Annual report of the Civil Veterinary Department, Bengal, for the year 1897-98 - 1897-1898
Year: 1897
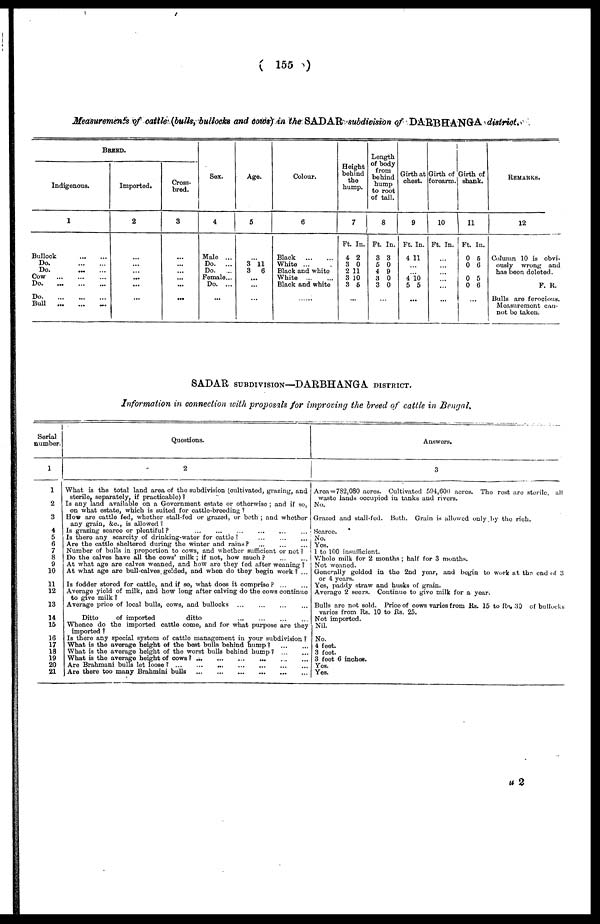
( 155 )
Measurements of cattle (bulls, bullocks and cows) in the SADAR subdivision of DARBHANGA district
BREED.
Indigenous.
1
Bullock
Do.
Do.
Cow
Do
Do
Bull
Imported.
2
...
...
...
...
...
...
...
Cross-
bred.
3
...
...
...
...
...
...
...
Sox.
4
Male ...
Do.
...
Do.
Fomale...
Do. ...
...
Age.
5
...
3 11
3
6
...
...
...
Colour.
6
Black
White ...
Black and white
White
Black and white
......
Height
behind
the
hump.
7
Ft. In.
4 2
3 0
2 11
3 10
3 5
...
Length
of body
from
behind
hump
to root
of tail.
8
Ft. In.
3 3
5 0
4 9
3 0
3 0
...
Girth at
chest.
9
Ft. In.
4 11
...
... 4 10
5 5
...
Girth of
forearm.
10
Ft. In.
...
...
...
...
...
...
Girth of
shank.
11
Ft. In.
0 5
0 6
0 5
0 6
...
REMARKS.
12
Column 10 is obvi-
ously wrong and
has boon deleted.
F. R.
Bulls are ferocious.
Measurement can-
not be taken.
SADAR SUBDIVISION DARBHANGA DISTRICT.
Information in connection with proposals for improving the breed of cattle in Bengal,
Serial
number.
1
1
2
3
4
5
6
7
8
9
10
11
12
13
14
15
16
17
18
19
20
21
Questions.
2
What is the total land area of the subdivision (cultivated, grazing, and
sterile, separately, if practicable) 1
Is any land available on a Government estate or otherwise ; and if so,
on what estate, which is suited for cattle-breeding ?
How are cattle fed, whether stall-fed or grazed, or both ; and whether
any grain, &c., is allowed ?
Is grazing scarco or plentiful? ... ... ... ... ... ...
Is there any scarcity of drinking-water for cattle? ... ... ...
Are the cattle sheltered during the winter and rains?
Number of bulls in proportion to cows, and whether sufficient or not ?
Do the calves have all the cows' milk ; if not, how much? ... ... ...
At what age are calves weaned, and how are they fed after weaning ?
At what age are bull-calves gelded, and when do they begin work? ...
Is fodder stored for cattle, and if so, what does it comprise?
...
...
Averago yield of milk, and how long after calving do the cows continue
to give milk ?
Average price of local bulls, cows, and bullocks ... ... ... ...
Ditto
of imported
ditto
...
...
...
...
...
...
Whenco do the imported cattle come, and for what purpose are they
imported ?
Is there any special system of cattle management in your subdivision ?
What is the average height of the best bulls behind hump] ... ...
What is the average height of the worst bulls behind hump?
...
...
What is the average height of cows? ... ... ... ... ... ...
Are Brahmani bulls let
loose?... ... ... ... ... ... ... ... ... ..
Are there too many Brahmini bulls
...
...
...
...
...
...
Answers.
3
Area = 782,080 acres. Cultivated 594, 600 acres. The rest are sterile, all
waste lands occupied in tanks and rivers.
No.
Grazed and stall-fed. Both, Grain is allowed only by the rich.
Scarce.
No.
Yes.
1 to 100 insufficient.
Whole milk for 2 months ; half for 3 months.
Not weaned.
Generally gelded in the 2nd year, and begin to work at the end of 3
or 4 years.
Yes, paddy straw and husks of grain.
Average 2 seers. Continue to give milk for a year.
Bulls are not sold. Price of cows varies from Rs. 15 to Rs. 30 of bullocks
varies from Rs. 10 to Rs. 25.
Not imported.
Nil.
No.
4 feet.
3 foot.
3 feet 6 inches.
Yes.
Yes.